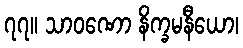
၇၇။ သာဝဏော နိက္ခမနီယော၊